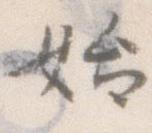
始